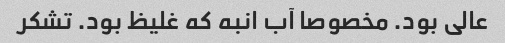
عالی بود. مخصوصا آب انبه که غلیظ بود. تشکر